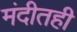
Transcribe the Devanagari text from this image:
मंदीतही